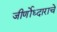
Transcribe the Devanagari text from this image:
जीर्णोध्दाराचे